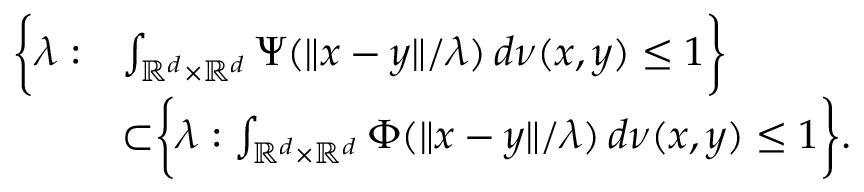
\begin{array} { r l } { \biggr \{ \lambda : } & { \int _ { \mathbb { R } ^ { d } \times \mathbb { R } ^ { d } } \Psi ( \| x - y \| / \lambda ) \, d \nu ( x , y ) \leq 1 \biggr \} } \\ & { \subset \biggr \{ \lambda : \int _ { \mathbb { R } ^ { d } \times \mathbb { R } ^ { d } } \Phi ( \| x - y \| / \lambda ) \, d \nu ( x , y ) \leq 1 \biggr \} . } \end{array}